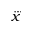
\dddot { x }